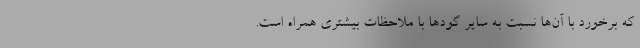
که برخورد با آن‌ها نسبت به سایر گودها با ملاحظات بیشتری همراه است.